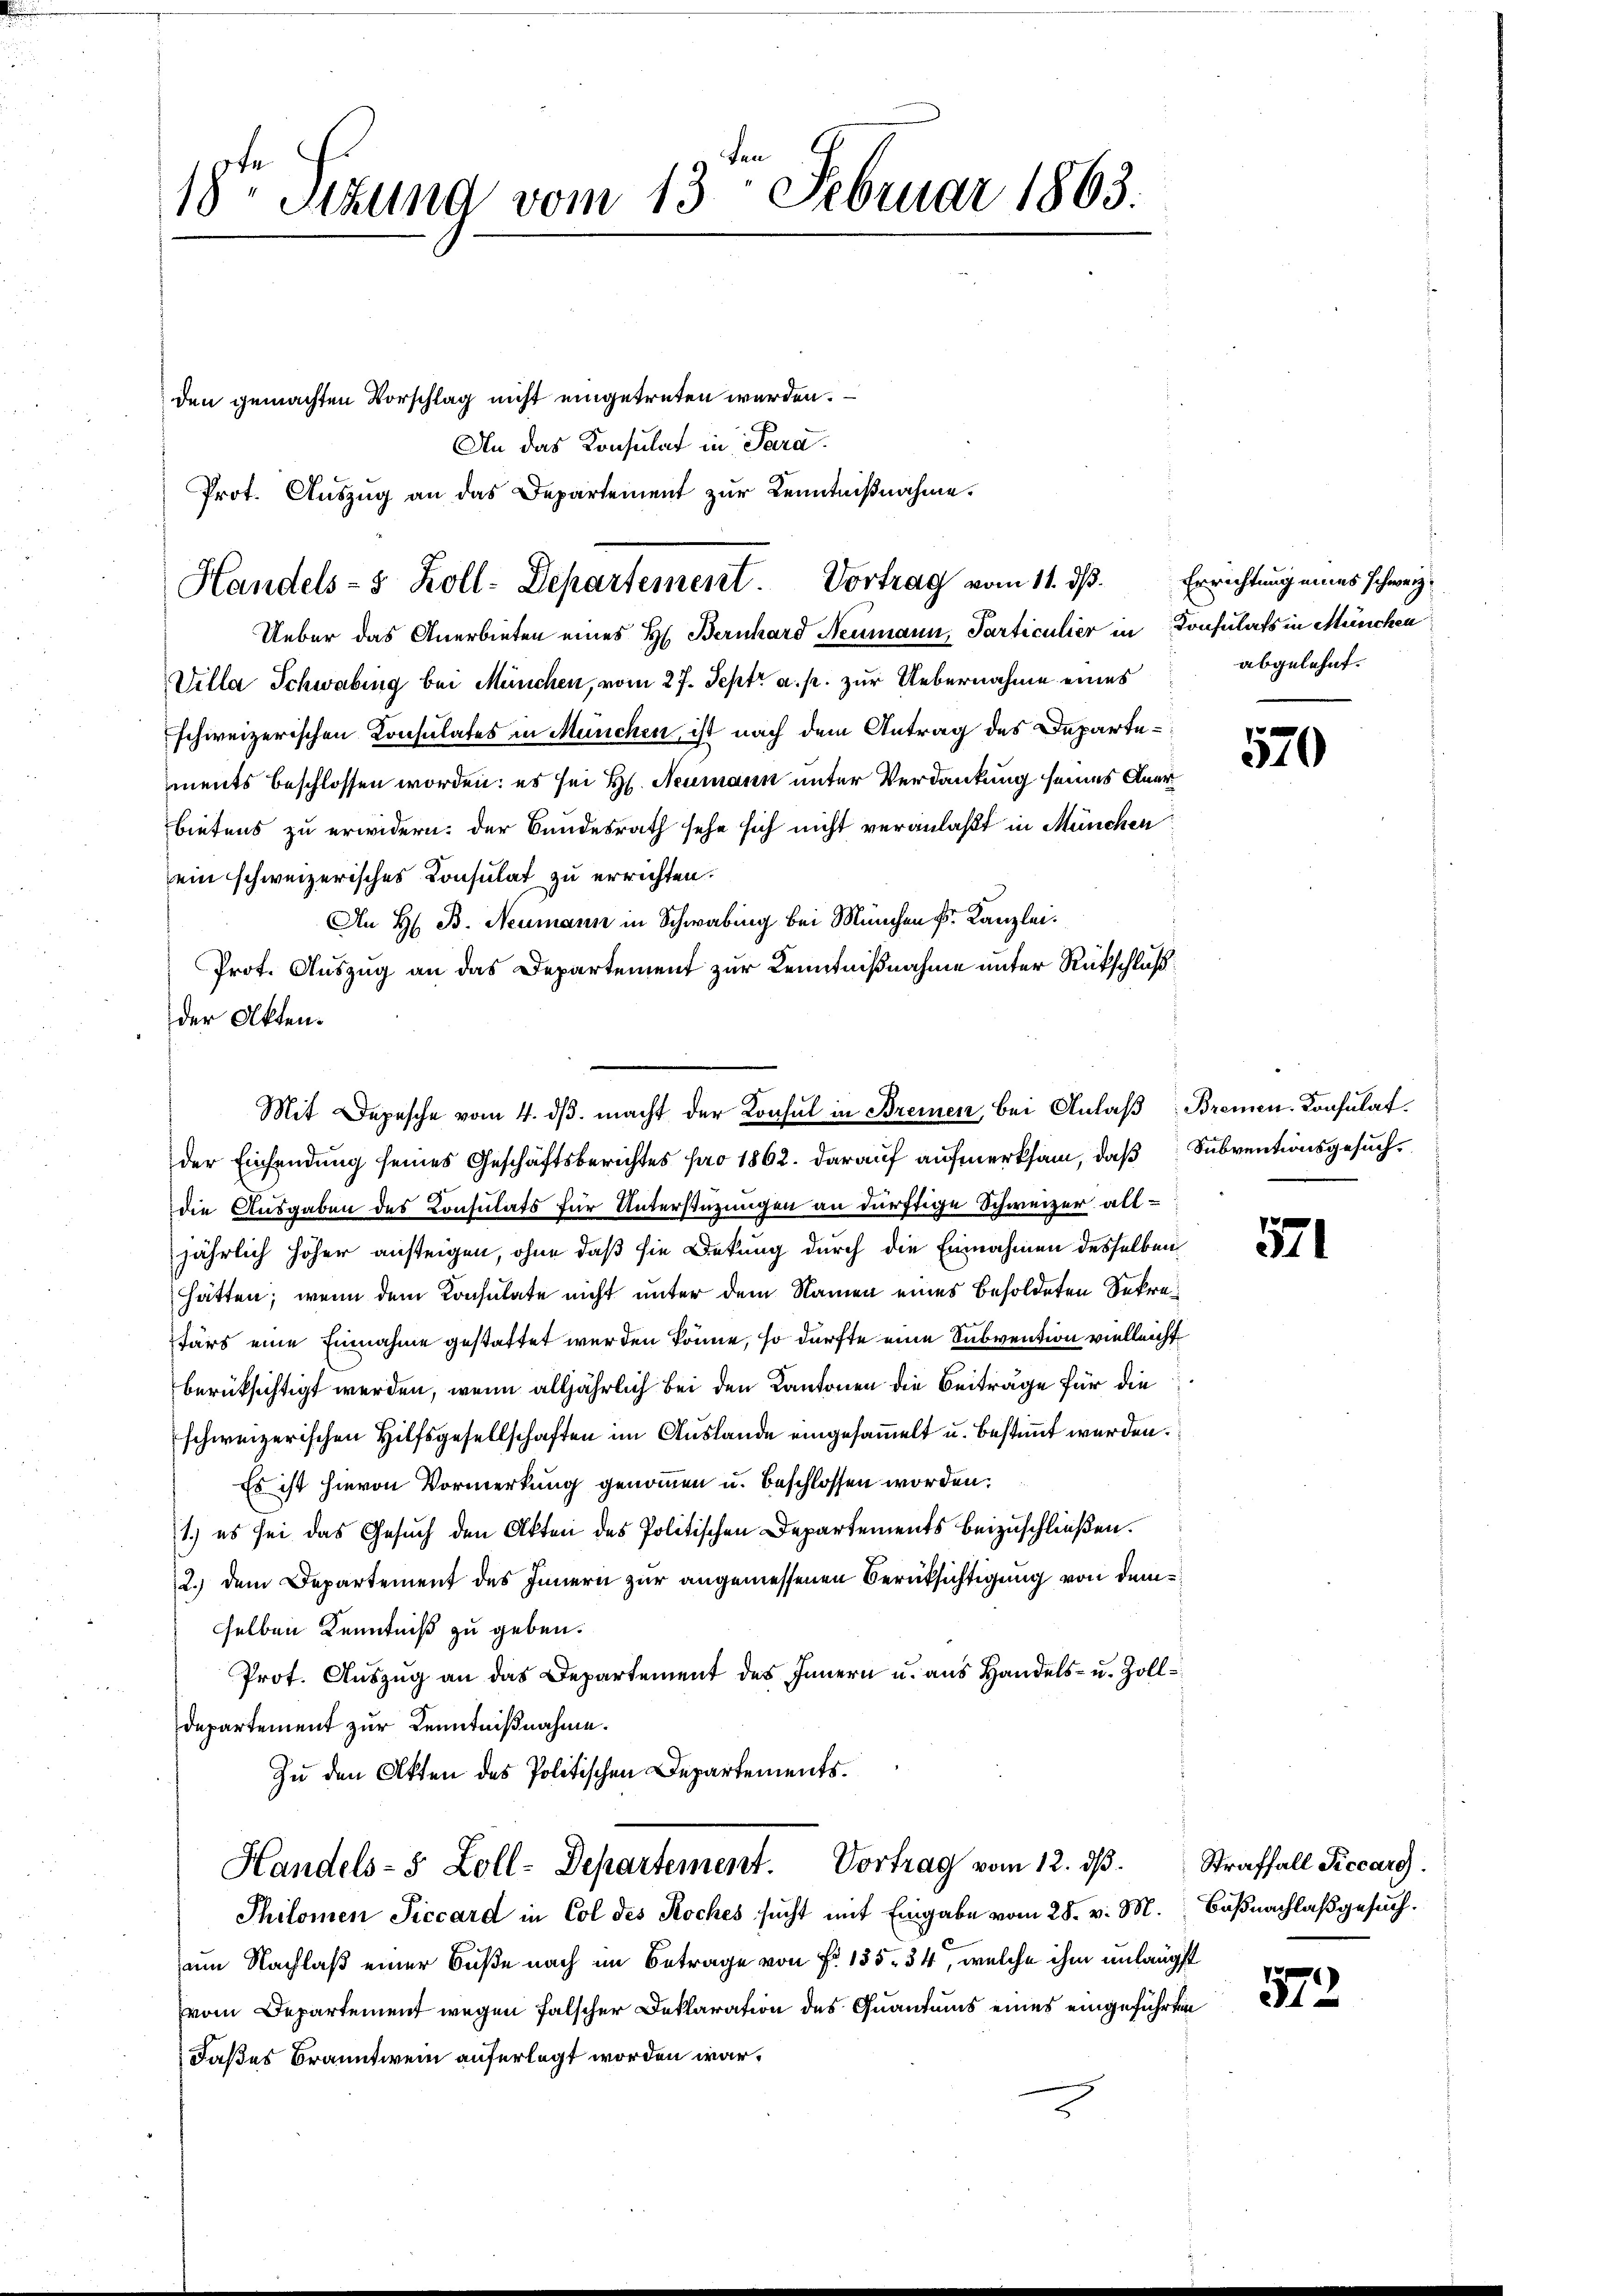
18ten Sizung vom 13. Februar 1863.

den gemachten Vorschlag nicht eingetreten werden.
An das Konsulat in Para.
Prot. Auszug an das Departement zur Kenntnißnahme.

Handels- & Zoll-Departement. Vortrag vom 11. ds.

Ueber das Anerbieten eines H. Bernhard Neumann, Particulier in Konsulats in München
Villa Schwabing bei München, vom 27. Sept. a. p. zur Uebernahme eines
schweizerischen Konsulates in München, ist nach dem Antrag des Departements beschlossen worden; es sei H. Neumann unter Verdankung seines Anerbietens zu erwidern, der Bundesrath sehe sich nicht veranlaßt in München
ein schweizerisches Consulat zu errichten.
An H. B. Neumann in Schwabing bei München k. Kanzlei.
Prot. Auszug an das Departement zur Kenntnißnahme unter Rückschluß
der Akten.
der Einsendung seines Geschäftsberichtes pro 1862. darauf aufmerksam, daß Subventionsgesuchdie Ausgaben des Consulats für Unterstüzungen an dürftige Schweizer alljährlich höher ansteigen, ohne daß sie Dekung durch die Einnahmen desselben
hätten; wenn dem Konsultate nicht unter dem Namen eines Besoldeten Sekrestärs eine Einnahme gestattet werden könne, so dürfte eine Subvention vielleicht
berüksichtigt werden, wenn alljährlich bei den Kantonen die Beiträge für die
schweizerischen Hilfsgesellschaften im Auslande eingesammelt u. bestimmt werden.
Es ist hievon Vormerkung genommen u. beschlossen worden.
1.) es sei das Gesuch den Akten des Politischen Departements beizuschließen.
2.) dem Departement des Innern zur angemessenen Berüksichtigung von demselben Kenntniß zu geben.
Prot. Auszug an das Departement des Innern u. aus Handels- u. Zoll¬
Departement zur Kenntnißnahme.
Zu den Akten des Politischen Departements.
Handels- 5 Zoll-Departement. Vortrag vom 12. ds.
Philomen Ficcard in Col des Koches sucht mit Eingabe vom 28. v. M.
am Nachlaß einer Buße nach im Betrage von Fr. 185. 34, welche ihm unlängst
vom Departement wegen falscher Deklaration des Quantums eines eingeführten
Jaßes Branntwein auferlegt worden war,

Mit Depesche vom 4. dβ. macht der Konsul in Bremen, bei Anlaß Bremen Konsulat

Errichtung eines schweiz.
abgelehnt.

570

571

Straffall Piccarg.
Bußnachlaß gesuch.

l

572